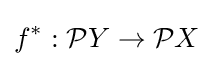
f^{*}:{\mathcal {P}}Y\to {\mathcal {P}}X